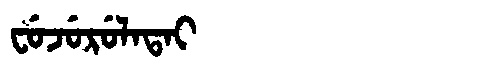
Manchu: ᠸᡠᠵᡠᡵᡠᠯᠠᡨᠠᡳ
Romanization: FUJURULATAI